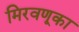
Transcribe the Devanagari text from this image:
मिरवणूका